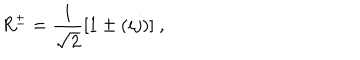
R ^ { \pm } = \frac { 1 } { \sqrt { 2 } } [ 1 \pm ( i j ) ] ~ ,